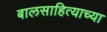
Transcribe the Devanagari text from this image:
बालसाहित्याच्या